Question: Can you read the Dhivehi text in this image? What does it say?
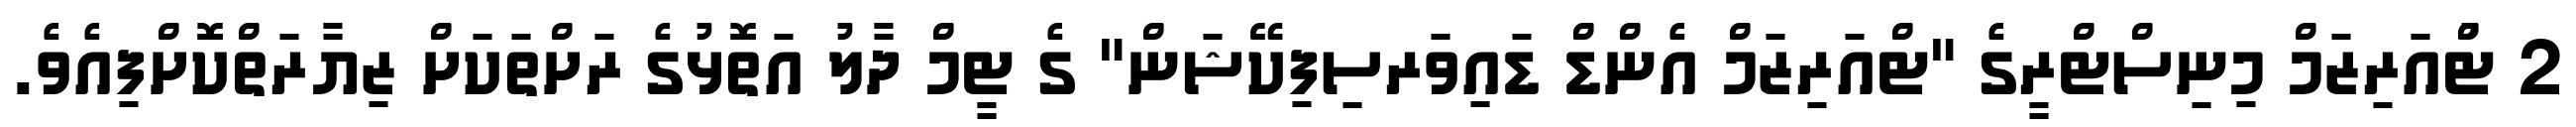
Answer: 2 ޓްުއަރިޒަމް މިނިސްޓްރީގެ "ޓްއަރިޒަމް އެންޑް ޑައިވަރސިފިކޭޝަން" ގެ ޓީމް ދާލު އަތޮޅުގެ ރަށްތަކަށް ޒިޔާރަތްކޮށްފިއެވެ.